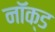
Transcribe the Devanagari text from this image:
नॉक्ड